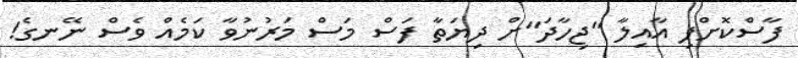
ފާސްކޮށްފި އާއިލާ "ޖިހާދަ"ށް ދިޔަތާ ފަސް މަސް މަރުނުވާ ކަމެއް ވެސް ނޭނގެ!